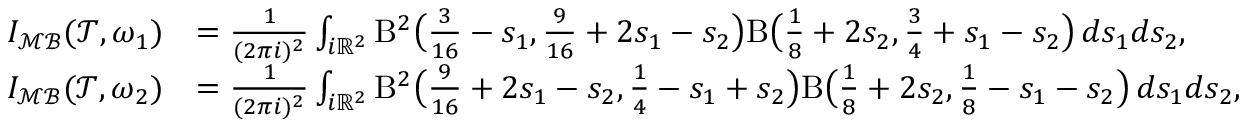
\begin{array} { r l } { I _ { \mathcal { M B } } ( \mathcal { T } , \omega _ { 1 } ) } & { = \frac { 1 } { ( 2 \pi i ) ^ { 2 } } \int _ { i \mathbb { R } ^ { 2 } } \mathrm { B } ^ { 2 } \bigl ( \frac { 3 } { 1 6 } - s _ { 1 } , \frac { 9 } { 1 6 } + 2 s _ { 1 } - s _ { 2 } \bigr ) \mathrm { B } \bigl ( \frac 1 8 + 2 s _ { 2 } , \frac 3 4 + s _ { 1 } - s _ { 2 } \bigr ) \, d s _ { 1 } d s _ { 2 } , } \\ { I _ { \mathcal { M B } } ( \mathcal { T } , \omega _ { 2 } ) } & { = \frac { 1 } { ( 2 \pi i ) ^ { 2 } } \int _ { i \mathbb { R } ^ { 2 } } \mathrm { B } ^ { 2 } \bigl ( \frac { 9 } { 1 6 } + 2 s _ { 1 } - s _ { 2 } , \frac 1 4 - s _ { 1 } + s _ { 2 } \bigr ) \mathrm { B } \bigl ( \frac 1 8 + 2 s _ { 2 } , \frac 1 8 - s _ { 1 } - s _ { 2 } \bigr ) \, d s _ { 1 } d s _ { 2 } , } \end{array}